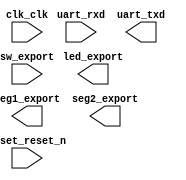

module pico_qsys (
	clk_clk,
	led_export,
	reset_reset_n,
	seg1_export,
	seg2_export,
	sw_export,
	uart_rxd,
	uart_txd);	

	input		clk_clk;
	output	[7:0]	led_export;
	input		reset_reset_n;
	output	[7:0]	seg1_export;
	output	[7:0]	seg2_export;
	input	[7:0]	sw_export;
	input		uart_rxd;
	output		uart_txd;
endmodule